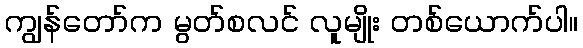
ကျွန်တော်က မွတ်စလင် လူမျိုး တစ်ယောက်ပါ။